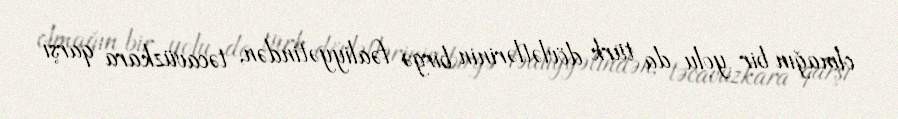
olmağın bir yolu da türk dövlətlərinin birgə fəaliyyətindən, təcavüzkara qarşı